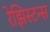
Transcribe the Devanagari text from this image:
रेझिस्टन्स